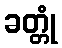
ခတ္တုံ